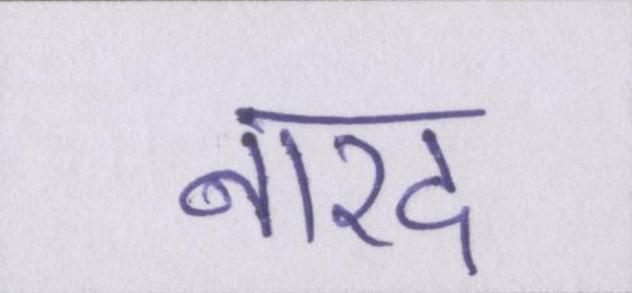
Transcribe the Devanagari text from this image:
नारद